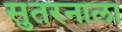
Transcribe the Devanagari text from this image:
सुतरनाला